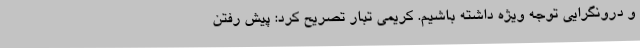
و درونگرایی توجه ویژه داشته باشیم. کریمی تبار تصریح کرد: پیش رفتن